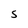
Character: S